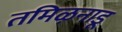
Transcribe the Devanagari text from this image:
तमिऴनाडू